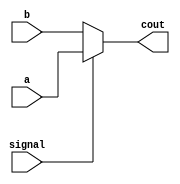
module mux2_1( signal, a, b, cout ) ;

input a, b, signal ;
output cout ;

assign cout = signal? a:b ;

endmodule